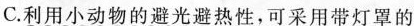
C.利用小动物的避光避热性，可采用带灯罩的